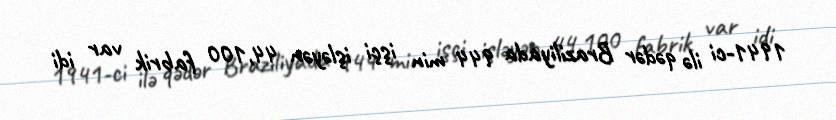
1941-ci ilə qədər Braziliyada 944 min işçi işləyən 44,100 fabrik var idi